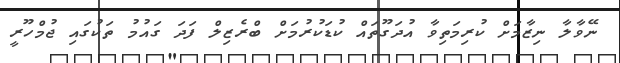
ނޭވާލާ ނިޒާމަށް ކުރިމަތިވާ އުދަގޫތައް ކުޑަކުރުމަށް ބްރެޒިލް ފަދަ ގައުމު ތަކުގައި ޖުމްހޫރީ